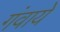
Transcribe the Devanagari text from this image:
गंवाये